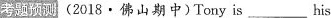
考题预测(2018·佛山期中)Tony is ___ his